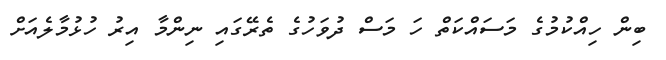
ބިން ހިއްކުމުގެ މަސައްކަތް ހަ މަސް ދުވަހުގެ ތެރޭގައި ނިންމާ އިރު ހުޅުމާލެއަށް